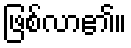
ဖြစ်လာ၏။